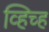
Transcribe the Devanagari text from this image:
व्हिच्ह